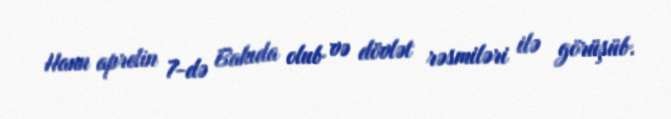
Hann aprelin 7-də Bakıda olub və dövlət rəsmiləri ilə görüşüb.